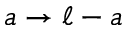
a \rightarrow \ell - a